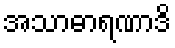
အသာဓာရဏာဒိ